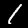
Digit: 1